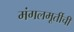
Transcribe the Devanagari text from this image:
मंगलमूर्तीची